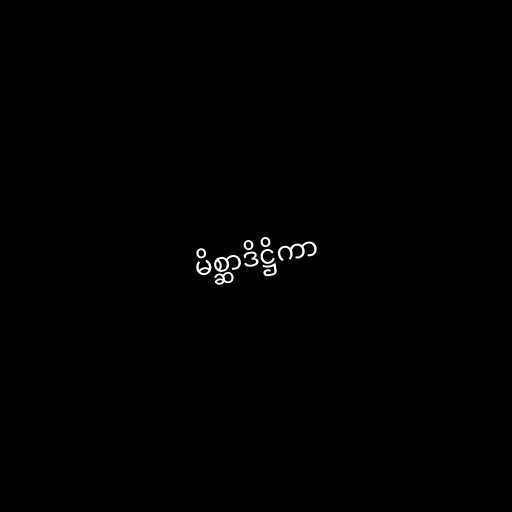
မိစ္ဆာဒိဋ္ဌိကာ